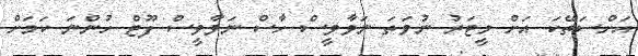
އަށްސަތޭކަ އަށް މީޓަރު ނުވަތަ ނަވާވީސް ހާސް ނަވާވީސް ފޫޓް ހުންނަ ކަމަށް